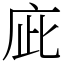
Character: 庛